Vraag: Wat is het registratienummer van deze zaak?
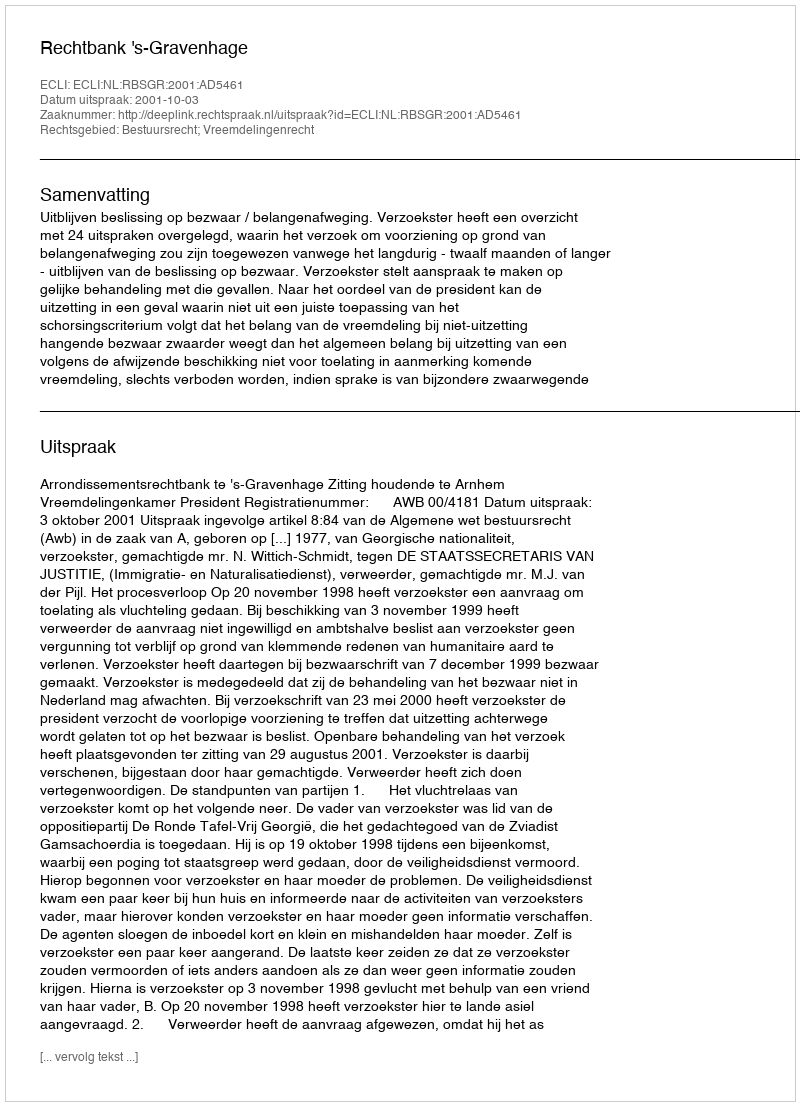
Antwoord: http://deeplink.rechtspraak.nl/uitspraak?id=ECLI:NL:RBSGR:2001:AD5461